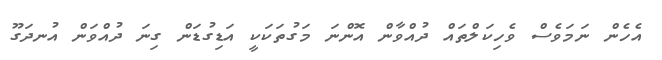
އެހެން ނަމަވެސް ވެހިކަލްތައް ދުއްވާން އޮންނަ މަގުތަކަކީ އަޑިގުޑަން ގިނަ ދުއްވަން އުނދަގޫ